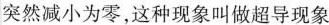
突然减小为零，这种现象叫做超导现象